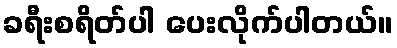
ခရီးစရိတ်ပါ ပေးလိုက်ပါတယ်။